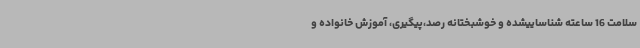
سلامت 16 ساعته شناساییشده و خوشبختانه رصد،پیگیری، آموزش خانواده و